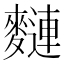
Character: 𪍦